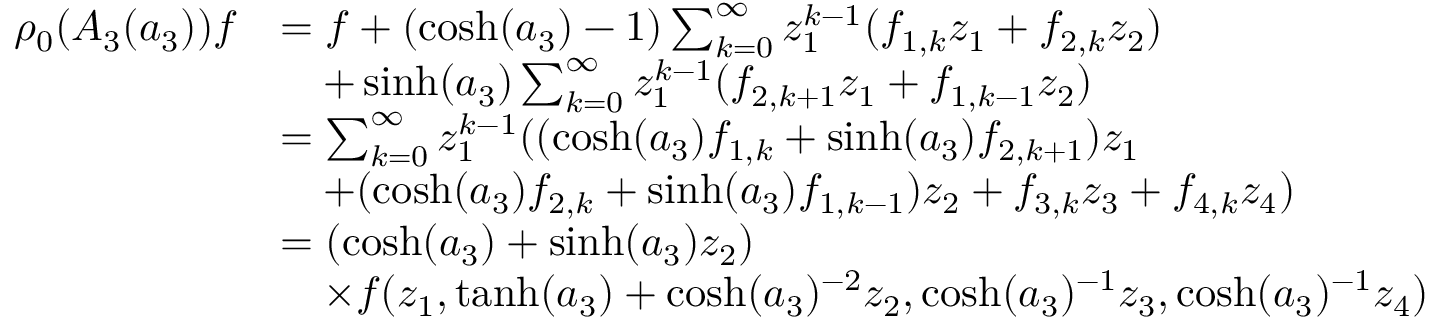
\begin{array} { r l } { \rho _ { 0 } ( A _ { 3 } ( a _ { 3 } ) ) f } & { = f + ( \cosh ( a _ { 3 } ) - 1 ) \sum _ { k = 0 } ^ { \infty } z _ { 1 } ^ { k - 1 } ( f _ { 1 , k } z _ { 1 } + f _ { 2 , k } z _ { 2 } ) } \\ & { \quad + \sinh ( a _ { 3 } ) \sum _ { k = 0 } ^ { \infty } z _ { 1 } ^ { k - 1 } ( f _ { 2 , k + 1 } z _ { 1 } + f _ { 1 , k - 1 } z _ { 2 } ) } \\ & { = \sum _ { k = 0 } ^ { \infty } z _ { 1 } ^ { k - 1 } ( ( \cosh ( a _ { 3 } ) f _ { 1 , k } + \sinh ( a _ { 3 } ) f _ { 2 , k + 1 } ) z _ { 1 } } \\ & { \quad + ( \cosh ( a _ { 3 } ) f _ { 2 , k } + \sinh ( a _ { 3 } ) f _ { 1 , k - 1 } ) z _ { 2 } + f _ { 3 , k } z _ { 3 } + f _ { 4 , k } z _ { 4 } ) } \\ & { = ( \cosh ( a _ { 3 } ) + \sinh ( a _ { 3 } ) z _ { 2 } ) } \\ & { \quad \times f ( z _ { 1 } , \operatorname { t a n h } ( a _ { 3 } ) + \cosh ( a _ { 3 } ) ^ { - 2 } z _ { 2 } , \cosh ( a _ { 3 } ) ^ { - 1 } z _ { 3 } , \cosh ( a _ { 3 } ) ^ { - 1 } z _ { 4 } ) } \end{array}